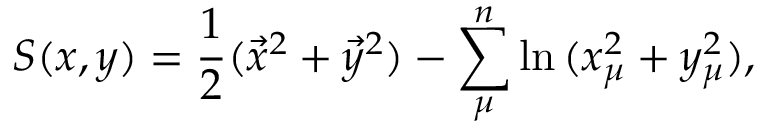
S ( x , y ) = { \frac { 1 } { 2 } } ( \vec { x } ^ { 2 } + \vec { y } ^ { 2 } ) - \sum _ { \mu } ^ { n } \ln { ( x _ { \mu } ^ { 2 } + y _ { \mu } ^ { 2 } ) } ,